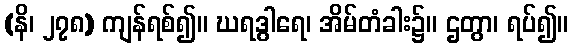
(နိ၊ ၂၇၈) ကျန်ရစ်၍။ ဃရဒွါရေ၊ အိမ်တံခါး၌။ ဌတွာ၊ ရပ်၍။